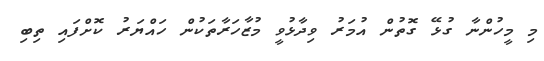
މި މީހުންނާ ގުޅޭ ގޮތުން އުމަރު ވިދާޅުވީ މުޒާހަރާތަކުން ހައްޔަރު ކޮށްފައި ތިބި